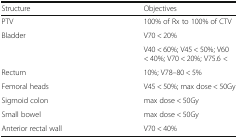
<table><thead><tr><td><b>Structure</b></td><td><b>Objectives</b></td></tr></thead><tbody><tr><td>PTV</td><td>100% of Rx to 100% of CTV</td></tr><tr><td>Bladder</td><td>V70 &lt; 20%</td></tr><tr><td></td><td>V40 &lt; 60%; V45 &lt; 50%; V60 &lt; 40%; V70 &lt; 20%; V75.6 &lt;</td></tr><tr><td>Rectum</td><td>10%; V78–80 &lt; 5%</td></tr><tr><td>Femoral heads</td><td>V45 &lt; 50%; max dose &lt; 50Gy</td></tr><tr><td>Sigmoid colon</td><td>max dose &lt; 50Gy</td></tr><tr><td>Small bowel</td><td>max dose &lt; 50Gy</td></tr><tr><td>Anterior rectal wall</td><td>V70 &lt; 40%</td></tr></tbody></table>